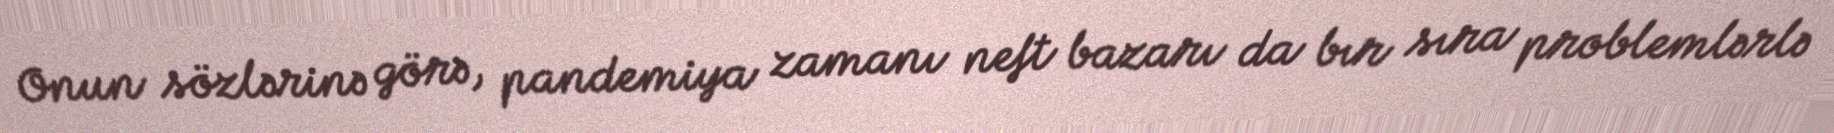
Onun sözlərinə görə, pandemiya zamanı neft bazarı da bır sıra problemlərlə